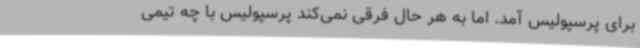
برای پرسپولیس آمد. اما به هر حال فرقی نمی‌کند پرسپولیس با چه تیمی